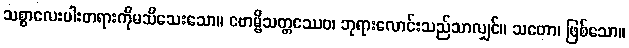
သစ္စာလေးပါးတရားကိုမသိသေးသော။ ဗောမ္ဗိသတ္တဿေဝ၊ ဘုရားလောင်းသည်သာလျှင်။ သတော၊ ဖြစ်သော။